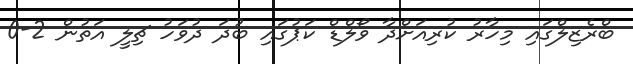
ބްރެޒިލްގައި މިހާރު ކުރިއަށްދާ ވޯލްޑް ކަޕުގައި ބުދަ ދުވަހު ޗިލީ އަތުން 2-0